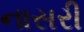
નાસરી